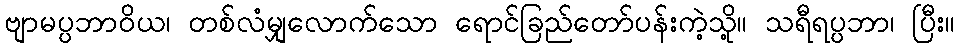
ဗျာမပ္ပဘာဝိယ၊ တစ်လံမျှလောက်သော ရောင်ခြည်တော်ပန်းကဲ့သို့။ သရီရပ္ပဘာ၊ ပြီး။